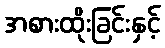
အစားထိုးခြင်းနှင့်